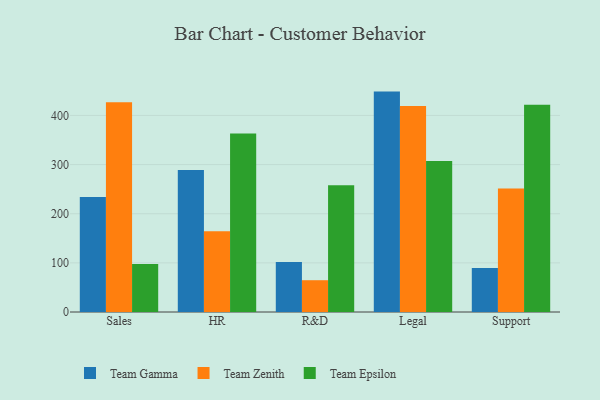
{"axis": {"x": "Department", "y": "Population (Million)"}, "legend": ["Team Epsilon", "Team Gamma", "Team Zenith"], "data": [{"x": "Sales", "y": 234.2, "type": "Team Gamma"}, {"x": "Sales", "y": 426.9, "type": "Team Zenith"}, {"x": "Sales", "y": 97.9, "type": "Team Epsilon"}, {"x": "HR", "y": 289.2, "type": "Team Gamma"}, {"x": "HR", "y": 164.5, "type": "Team Zenith"}, {"x": "HR", "y": 363.2, "type": "Team Epsilon"}, {"x": "R&D", "y": 101.5, "type": "Team Gamma"}, {"x": "R&D", "y": 64.7, "type": "Team Zenith"}, {"x": "R&D", "y": 257.8, "type": "Team Epsilon"}, {"x": "Legal", "y": 448.5, "type": "Team Gamma"}, {"x": "Legal", "y": 419.3, "type": "Team Zenith"}, {"x": "Legal", "y": 307.1, "type": "Team Epsilon"}, {"x": "Support", "y": 89.7, "type": "Team Gamma"}, {"x": "Support", "y": 251.3, "type": "Team Zenith"}, {"x": "Support", "y": 421.8, "type": "Team Epsilon"}]}